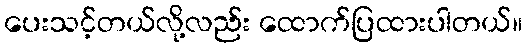
ပေးသင့်တယ်လို့လည်း ထောက်ပြထားပါတယ်။